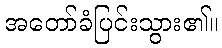
အတော်ခံပြင်းသွား၏။